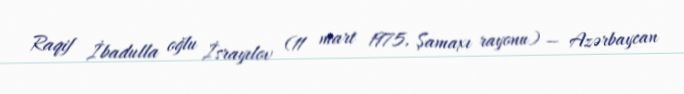
Raqif İbadulla oğlu İsrayılov (11 mart 1975, Şamaxı rayonu) — Azərbaycan